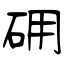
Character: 砽